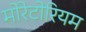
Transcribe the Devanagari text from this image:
मोरेटोरियम